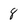
Character: 8